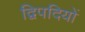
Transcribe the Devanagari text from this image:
द्विपदियों